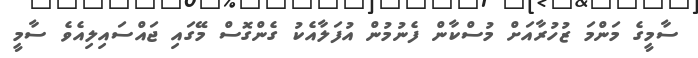
ސާމީގެ މަންމަ ޒުހުރާއަށް މުސްކާން ފެނުމުން އުފަލާއެކު ގެންގޮސް މޭގައި ޖައްސައިލިއެވެ ސާމީ